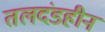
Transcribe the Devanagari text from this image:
तलदंडहीन